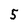
Character: 5